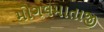
મોગલમાતાજી